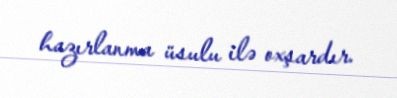
hazırlanma üsulu ilə oxşardır.